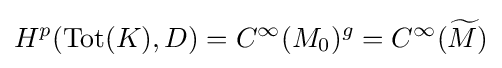
H^{p}(\operatorname {Tot} (K),D)=C^{\infty }(M_{0})^{g}=C^{\infty }({\widetilde {M}})